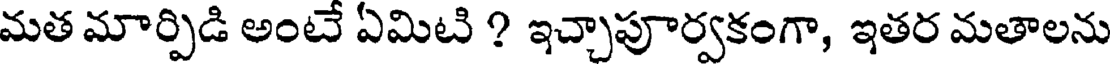
మత మార్పిడి అంటే ఏమిటి ? ఇచ్చాపూర్వకంగా, ఇతర మతాలను